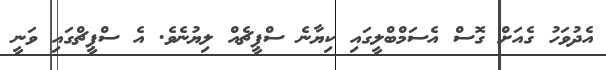
އެދުވަހު ގެއަށް ގޮސް އެސަމްބްލީގައި ކިޔާނެ ސްޕީޗެއް ލިޔުނެވެ. އެ ސްޕީޗްގައި ވަނީ